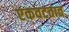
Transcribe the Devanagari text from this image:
एकवटतात